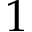
1